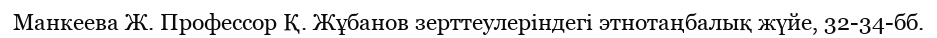
Манкеева Ж. Профессор Қ. Жұбанов зерттеулеріндегі этнотаңбалық жүйе, 32-34-бб.